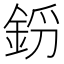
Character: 𨦝